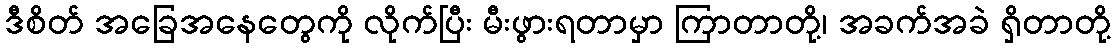
ဒီစိတ် အခြေအနေတွေကို လိုက်ပြီး မီးဖွားရတာမှာ ကြာတာတို့၊ အခက်အခဲ ရှိတာတို့